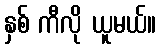
နှစ် ကီလို ယူမယ်။